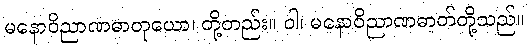
မနောဝိညာဏဓာတုယော၊ တို့တည်း။ ဝါ၊ မနောဝိညာဏဓာတ်တို့သည်။